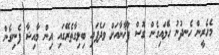
މެހެރީން ހެނދުނު ހޭލައިގެން ގޮސް ފާޚާނާއަށް ވަދެފައި ބިލިގާތެރޭގައި އިން މާއިޝާ ފެނިގެން